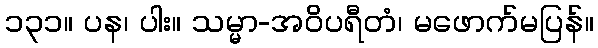
၁၃၁။ ပန၊ ပါး။ သမ္မာ-အဝိပရီတံ၊ မဖောက်မပြန်။